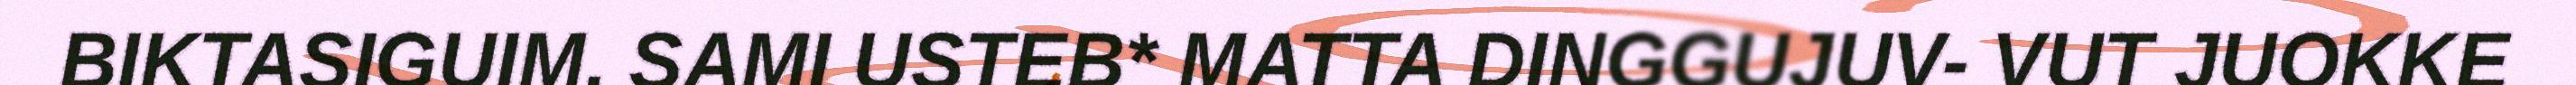
BIKTASIGUIM. SAMI USTEB* MATTA DINGGUJUV- VUT JUOKKE